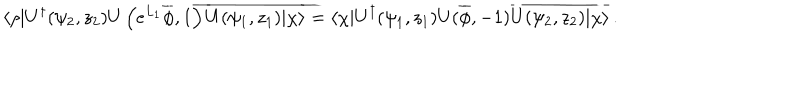
\langle \rho | U ^ { \dagger } ( \psi _ { 2 } , z _ { 2 } ) U \left( e ^ { L _ { 1 } } \overline { { \phi } } , 1 \right) \overline { { { U ( \psi _ { 1 } , z _ { 1 } ) | \chi \rangle } } } = \langle \chi | U ^ { \dagger } ( \psi _ { 1 } , z _ { 1 } ) U ( \overline { { \phi } } , - 1 ) \overline { { { U ( \psi _ { 2 } , z _ { 2 } ) | \chi \rangle } } } \, .